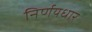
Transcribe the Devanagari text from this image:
निर्णयधार